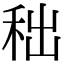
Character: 𥞃